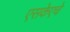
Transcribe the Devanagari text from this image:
एसकेएचे